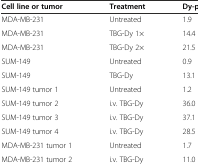
<table><thead><tr><td><b>Cell line or tumor</b></td><td><b>Treatment</b></td><td><b>Dy-positive (%)</b></td></tr></thead><tbody><tr><td>MDA-MB-231</td><td>Untreated</td><td>1.9</td></tr><tr><td>MDA-MB-231</td><td>TBG-Dy 1×</td><td>14.4</td></tr><tr><td>MDA-MB-231</td><td>TBG-Dy 2×</td><td>21.5</td></tr><tr><td>SUM-149</td><td>Untreated</td><td>0.9</td></tr><tr><td>SUM-149</td><td>TBG-Dy</td><td>13.1</td></tr><tr><td>SUM-149 tumor 1</td><td>Untreated</td><td>1.2</td></tr><tr><td>SUM-149 tumor 2</td><td>i.v. TBG-Dy</td><td>36.0</td></tr><tr><td>SUM-149 tumor 3</td><td>i.v. TBG-Dy</td><td>37.1</td></tr><tr><td>SUM-149 tumor 4</td><td>i.v. TBG-Dy</td><td>28.5</td></tr><tr><td>MDA-MB-231 tumor 1</td><td>Untreated</td><td>1.7</td></tr><tr><td>MDA-MB-231 tumor 2</td><td>i.v. TBG-Dy</td><td>11.0</td></tr></tbody></table>